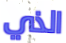
الذي